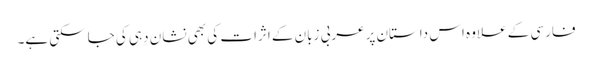
فارسی کے علاوہ اس داستان پرعربی زبان کے اثرات کی بھی نشان دِہی کی جاسکتی ہے۔